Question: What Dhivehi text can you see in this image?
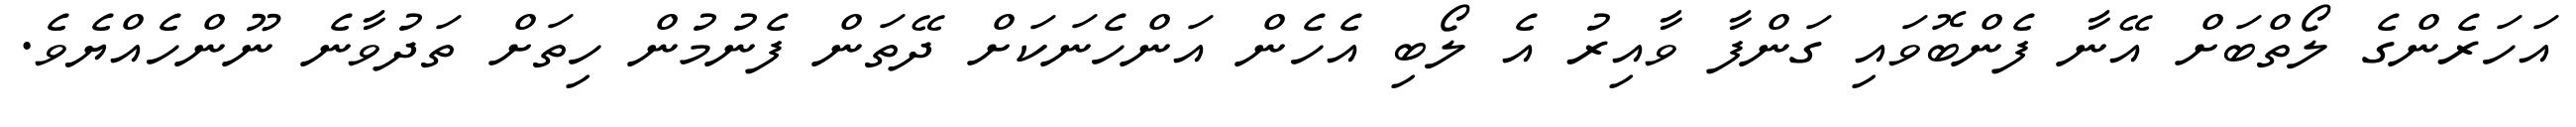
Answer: އަހަރެންގެ ލޯތްބަށް އޭނާ ފެންބޮވައި ގަންފާ ވާއިރު އެ ލޯބި އެހެން އަންހެނަކަށް ދޭތަން ފެނުމުން ހިތަށް ތަދުވާނެ ނޫންހެއްޔެވެ.